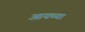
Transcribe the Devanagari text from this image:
आयच्या